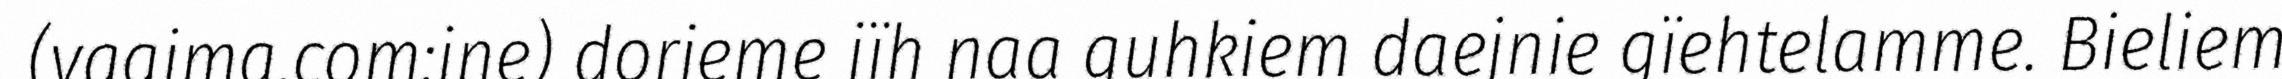
(vaajma.com:ine) dorjeme jïh naa guhkiem daejnie gïehtelamme. Bieliem